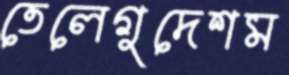
তেলেগুদেশম